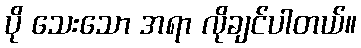
ပို သေးသော အရာ လိုချင်ပါတယ်။